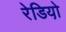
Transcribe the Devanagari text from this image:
रेडियो़